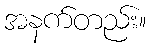
အနက်တည်း။